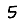
Digit: 5